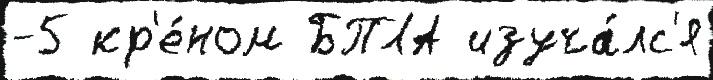
-5 кр'е́ном БПЛА изуча́лс'я